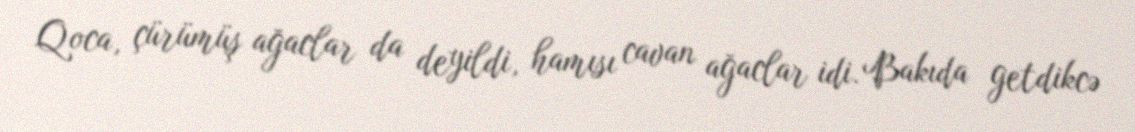
Qoca, çürümüş ağaclar da deyildi, hamısı cavan ağaclar idi. Bakıda getdikcə